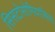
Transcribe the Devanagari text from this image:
सिसटोसोमियासिस